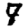
Digit: 7